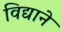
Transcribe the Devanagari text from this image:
विद्याने